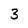
Character: 3